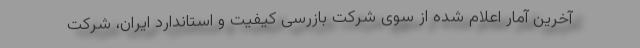
آخرین آمار اعلام شده از سوی شرکت بازرسی کیفیت و استاندارد ایران، شرکت